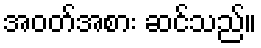
အဝတ်အစား ဆင်သည်။